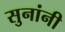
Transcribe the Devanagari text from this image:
सुनांनी